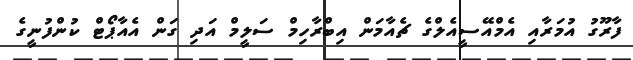
ފާރޫގު އުމަރާއި އެމްއޭސީއެލްގެ ޗެއާމަން އިބްރާހިމް ސަލީމް އަދި ގަން އެއާޕޯޓް ކުންފުނީގެ